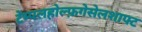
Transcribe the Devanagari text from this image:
टेम्पलहोल्फ़गेसेलशाफ्ट